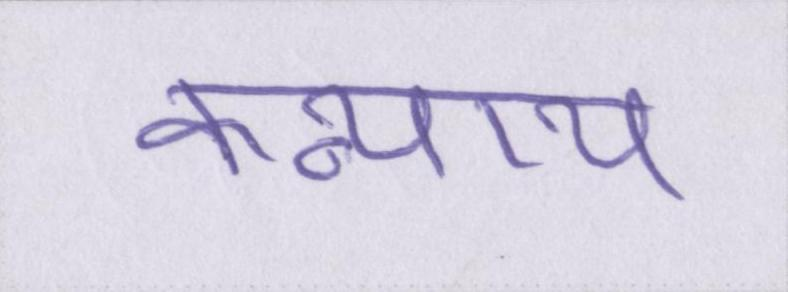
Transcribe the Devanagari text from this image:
कन्याय